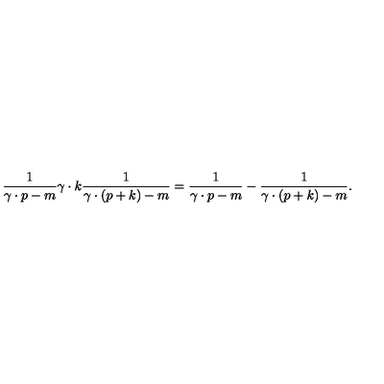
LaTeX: \frac { 1 } { \gamma \cdot p - m } \gamma \cdot k \frac { 1 } { \gamma \cdot ( p + k ) - m } = \frac { 1 } { \gamma \cdot p - m } - \frac { 1 } { \gamma \cdot ( p + k ) - m } .